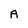
Character: A